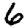
Digit: 6